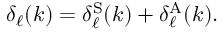
\delta _ { \ell } ( k ) = \delta _ { \ell } ^ { \mathrm { S } } ( k ) + \delta _ { \ell } ^ { \mathrm { A } } ( k ) .